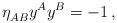
LaTeX: \begin{align*}\eta_{AB}^{} y^A y^B=-1\,,\end{align*}